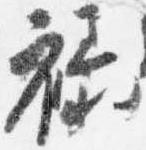
禄